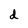
Character: d